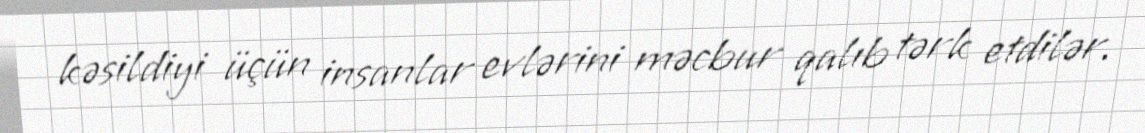
kəsildiyi üçün insanlar evlərini məcbur qalıb tərk etdilər.